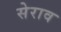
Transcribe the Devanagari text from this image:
सेराव